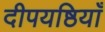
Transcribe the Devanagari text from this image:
दीपयष्ठियाँ